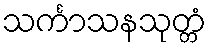
သင်္ကာသနသုတ္တံ